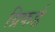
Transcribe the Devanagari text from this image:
ग्रिफर्ड